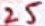
Text: 25